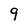
Character: 9